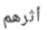
أثرهم